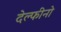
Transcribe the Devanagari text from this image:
देल्फीनो